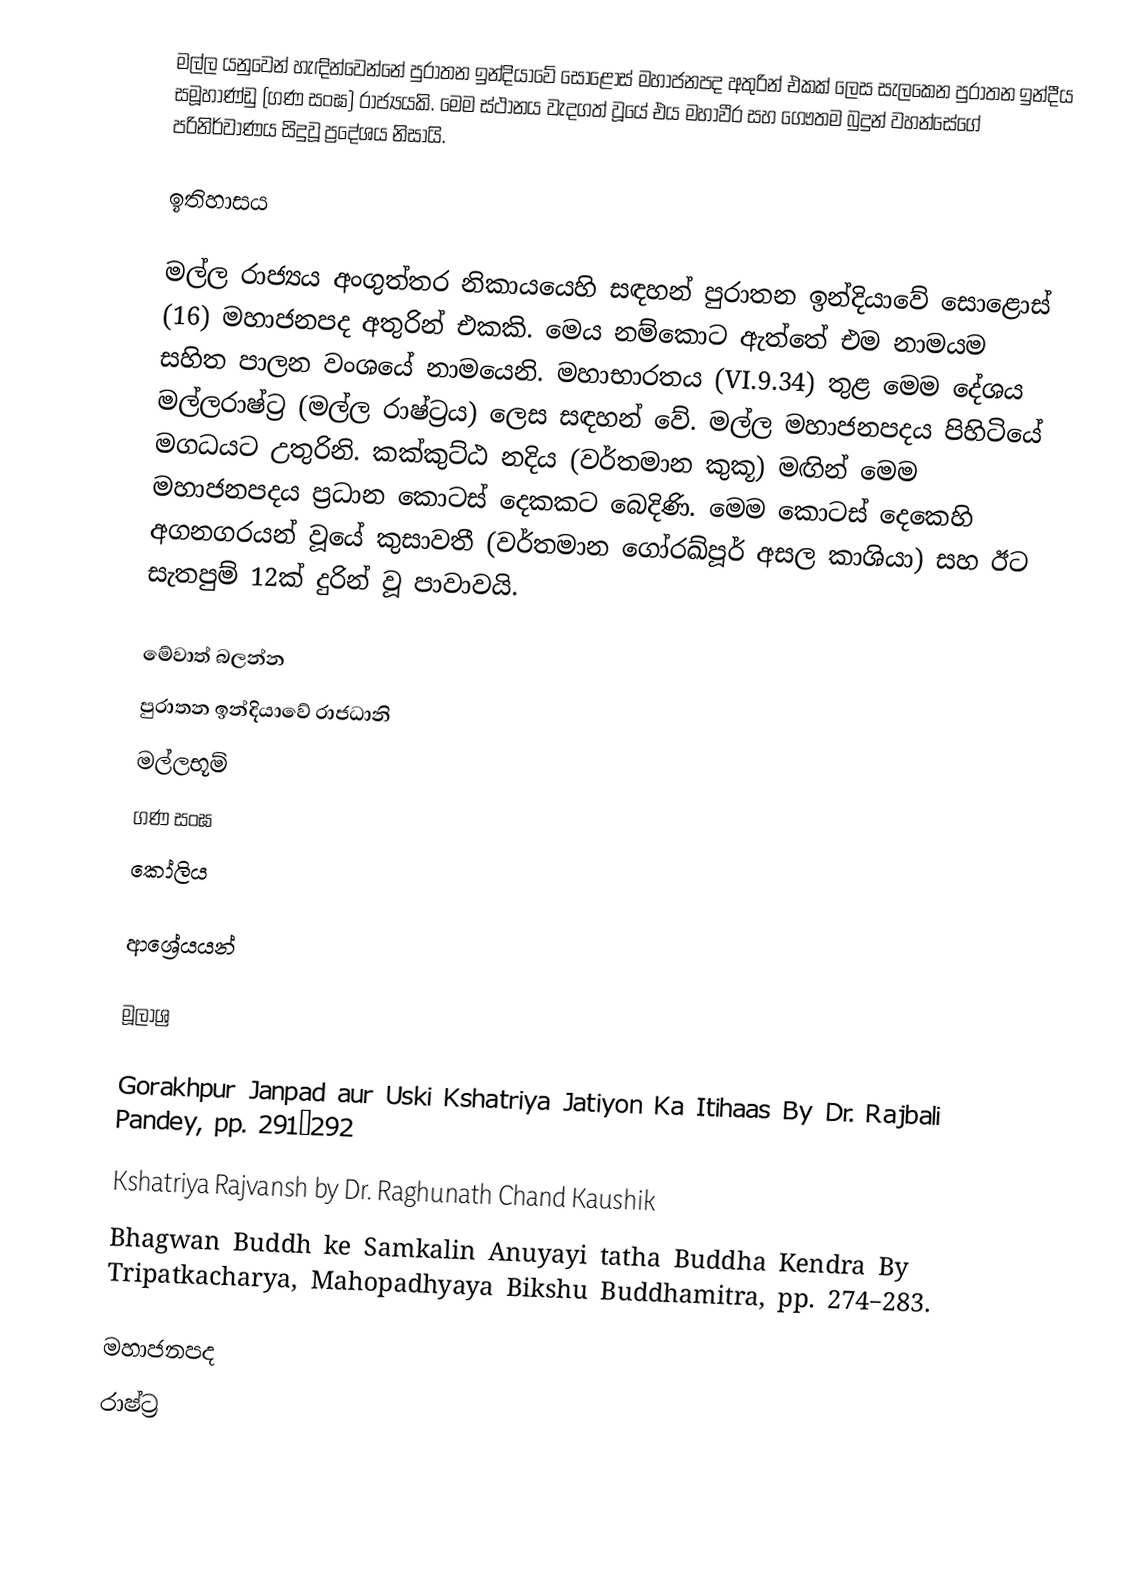
මල්ල යනුවෙන් හැඳින්වෙන්නේ පුරාතන ඉන්දියාවේ  සොළොස් මහාජනපද අතුරින් එකක් ලෙස සැලකෙන පුරාතන ඉන්දීය සමූහාණ්ඩු (ගණ සංඝ) රාජ්‍යයකි. මෙම ස්ථානය වැදගත් වූයේ එය  මහාවීර සහ ගෞතම බුදුන් වහන්සේගේ පරිනිර්වාණය සිදුවූ ප්‍රදේශය නිසායි.

ඉතිහාසය

මල්ල රාජ්‍යය අංගුත්තර නිකායයෙහි සඳහන් පුරාතන ඉන්දියාවේ සොළොස් (16) මහාජනපද අතුරින් එකකි. මෙය නම්කොට ඇත්තේ එම නාමයම සහිත පාලන වංශයේ නාමයෙනි. මහාභාරතය (VI.9.34) තුළ මෙම දේශය මල්ලරාෂ්ට්‍ර (මල්ල රාෂ්ට්‍රය) ලෙස සඳහන් වේ. මල්ල මහාජනපදය පිහිටියේ මගධයට උතුරිනි. කක්කුට්ඨ නදිය (වර්තමාන කුකූ) මඟින් මෙම මහාජනපදය ප්‍රධාන කොටස් දෙකකට බෙදිණි. මෙම කොටස් දෙකෙහි අගනගරයන් වූයේ කුසාවතී (වර්තමාන ගෝරඛ්පූර් අසල කාශියා) සහ ඊට සැතපුම් 12ක් දුරින් වූ පාවාවයි.

මේවාත් බලන්න
පුරාතන ඉන්දියාවේ ‍රාජධානි
 මල්ලභූම්
 ගණ සංඝ
 කෝලිය

ආශ්‍රේයයන්

මූලාශ්‍ර

 Gorakhpur Janpad aur Uski Kshatriya Jatiyon Ka Itihaas By Dr. Rajbali Pandey, pp. 291–292
 Kshatriya Rajvansh by Dr. Raghunath Chand Kaushik
 Bhagwan Buddh ke Samkalin Anuyayi tatha Buddha Kendra By Tripatkacharya, Mahopadhyaya Bikshu Buddhamitra, pp. 274–283.

මහාජනපද
රාෂ්ට්‍ර